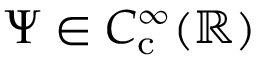
\Psi \in C _ { \mathrm { c } } ^ { \infty } ( \mathbb { R } )